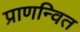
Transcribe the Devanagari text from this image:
प्राणन्वित